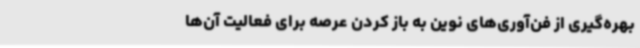
بهره‌گیری از فن‌آوری‌های نوین به باز کردن عرصه برای فعالیت آن‌ها